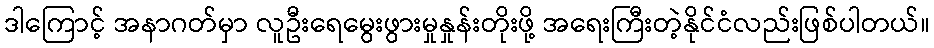
ဒါကြောင့် အနာဂတ်မှာ လူဦးရေမွေးဖွားမှုနှုန်းတိုးဖို့ အရေးကြီးတဲ့နိုင်ငံလည်းဖြစ်ပါတယ်။